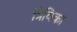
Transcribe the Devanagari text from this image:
त्रिविका